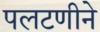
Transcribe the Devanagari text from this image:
पलटणीने